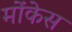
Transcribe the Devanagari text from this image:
मोंकेस